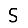
Digit: 5